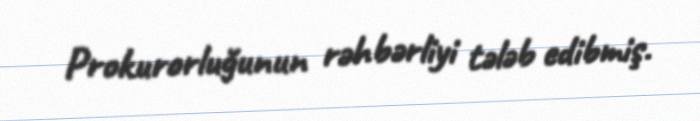
Prokurorluğunun rəhbərliyi tələb edibmiş.